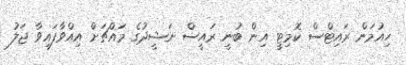
ހިއުމަން ރައިޓްސް ކޮމިޓީ އިން ބުނީ ރައީސް ނަޝީދުގެ މައްޗަށް އިއްވާފައިވާ ޖަލު